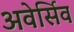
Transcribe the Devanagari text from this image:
अवेर्सिव